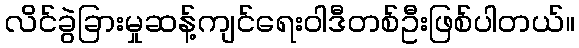
လိင်ခွဲခြားမှုဆန့်ကျင်ရေးဝါဒီတစ်ဦးဖြစ်ပါတယ်။